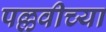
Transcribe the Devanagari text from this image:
पल्लवीच्या